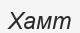
Хамт